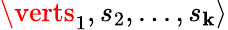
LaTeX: \verts_{1},s_{2},...,s_{\mathbf{k}}\rangle